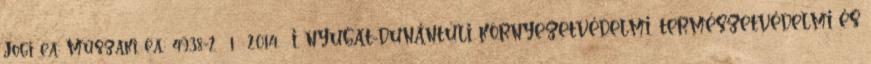
Jogi ea: Műszaki ea.: 4938-2 1 2014. I. NYUGAT-DUNÁNTÚLI KÖRNYEZETVÉDELMI, TERMÉSZETVÉDELMI ÉS